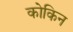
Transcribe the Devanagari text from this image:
कोकिन